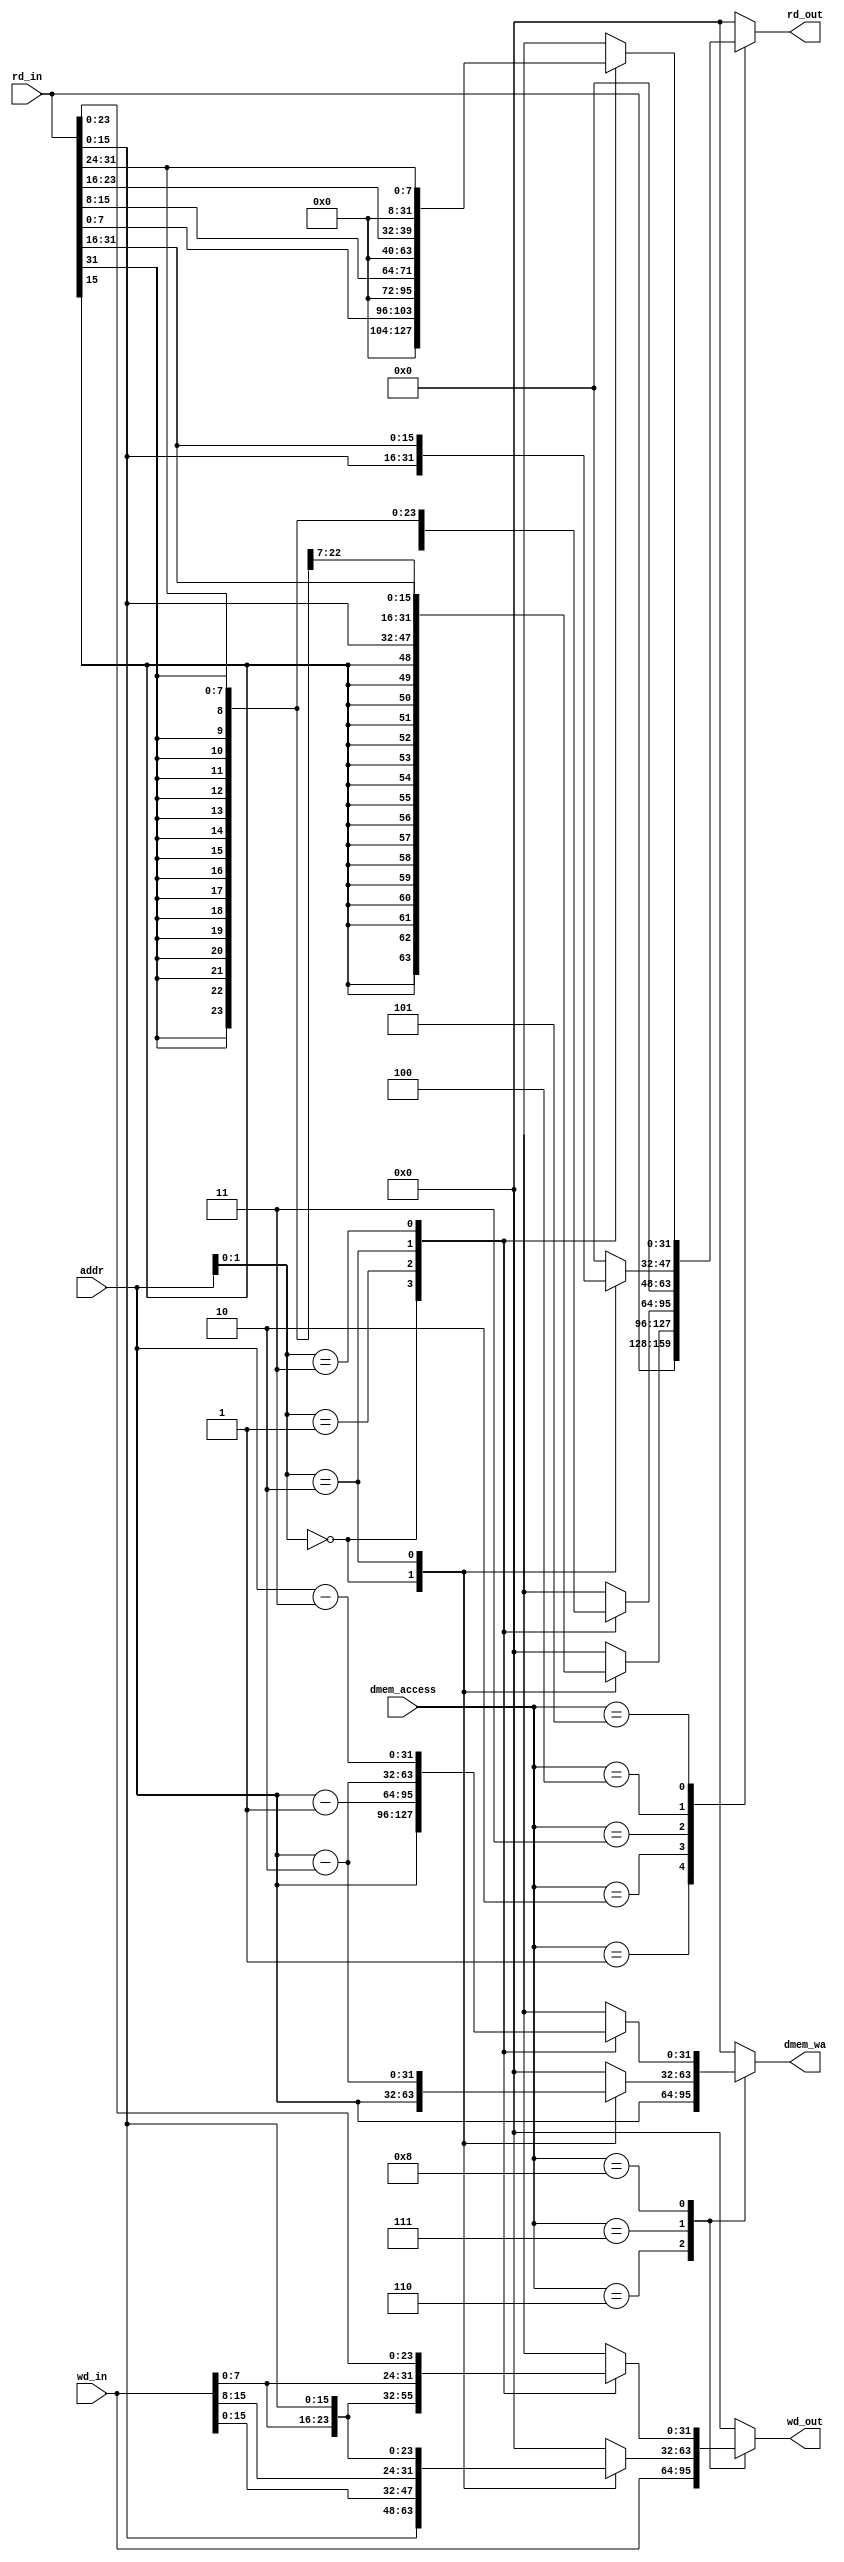
//`timescale 1ns / 1ps
//////////////////////////////////////////////////////////////////////////////////
// Company: 
// Engineer: 
// 
// Design Name: 
// Module Name: SLU
// Project Name: 
// Target Devices: 
// Tool Versions: 
// Description: 
// 
// Dependencies: 
// 
// Revision:
// Revision 0.01 - File Created
// Additional Comments:
// 
//////////////////////////////////////////////////////////////////////////////////


module SLU (
    input                   [31 : 0]                addr,
    input                   [ 3 : 0]                dmem_access,

    input                   [31 : 0]                rd_in,
    input                   [31 : 0]                wd_in,

    output      reg         [31 : 0]                rd_out,
    output      reg         [31 : 0]                wd_out,
    output      reg         [31 : 0]                dmem_wa
);

wire [1:0] temp;//0~3
assign temp = addr[1:0];

always @(*) begin
    case (dmem_access)
        4'b0001: begin//ld.w
            wd_out = 32'b0;
            rd_out = rd_in;
            dmem_wa = 32'b0;
        end 
        4'b0010:begin//ld.h_
            wd_out = 32'b0;
            dmem_wa = 32'b0;
            case (temp)
                2'b00: begin
                    rd_out = {{16{rd_in[15]}},rd_in[ 15 : 0]};
                end
                2'b10: begin
                    rd_out = {{16{rd_in[31]}},rd_in[31 : 16]};
                end
                default:begin
                    rd_out = 32'b0;
                end
            endcase
        end
        4'b0011:begin//ld.b_
            wd_out = 32'b0;
            dmem_wa = 32'b0;
            case (temp)
                2'b00: begin
                    rd_out = {{24{rd_in[7]}},rd_in[ 7 : 0]};
                end
                2'b01: begin
                    rd_out = {{24{rd_in[15]}},rd_in[ 15 : 8]};
                end
                2'b10: begin
                    rd_out = {{24{rd_in[23]}},rd_in[ 23 : 16]};
                end
                2'b11: begin
                    rd_out = {{24{rd_in[31]}},rd_in[31 : 24]};
                end
            endcase
        end

        4'b0100:begin//ld.hu_
            wd_out = 32'b0;
            dmem_wa = 32'b0;
            case (temp)
                2'b00: begin
                    rd_out = {{16'b0},rd_in[ 15 : 0]};
                end
                2'b10: begin
                    rd_out = {{16{1'b0}}, rd_in[31:16]};
                end
                default:begin
                    rd_out = 32'b0;
                end
            endcase
        end

        4'b0101:begin//ld.bu_
            wd_out = 32'b0;
            dmem_wa = 32'b0;
            case (temp)
                2'b00: begin
                    rd_out = {{24'b0},rd_in[ 7 : 0]};
                end
                2'b01: begin
                    rd_out = {{24'b0},rd_in[ 15 : 8]};
                end
                2'b10: begin
                    rd_out = {{24'b0},rd_in[ 23 :16]};
                end
                2'b11: begin
                    rd_out = {{24'b0},rd_in[ 31: 24]};
                end
            endcase
        end
        4'b0110: begin//st.w
            wd_out = wd_in;
            rd_out = 32'b0;
            dmem_wa = addr;
            
        end

        4'b0111:begin//st.h_
            rd_out = 32'b0;
            dmem_wa = addr;
            case (temp)
                2'b00: begin
                    wd_out = {rd_in[15 : 0],wd_in[ 15 : 0]};
                    dmem_wa = addr;
                end
                2'b10: begin
                    wd_out = {wd_in[15 : 0],rd_in[ 15 : 0]};
                    dmem_wa = addr - 2;
                end
                default:begin
                    wd_out = 32'b0;
                    dmem_wa = 32'b0;
                end
            endcase
        end

        4'b1000:begin//st.b_
            rd_out = 32'b0;
            case (temp)
                2'b00: begin
                    wd_out = {rd_in[ 31 : 8],wd_in[ 7 : 0]};
                    dmem_wa = addr;
                end
                2'b01: begin
                    wd_out = {rd_in[ 31 : 16],wd_in[ 7 : 0],rd_in[ 7 : 0]};
                    dmem_wa = addr - 1;
                end
                2'b10: begin
                    wd_out = {rd_in[ 31 : 24],wd_in[ 7 : 0],rd_in[ 15 : 0]};
                    dmem_wa = addr - 2;
                end
                2'b11: begin
                    wd_out = {wd_in[ 7 : 0],rd_in[23 : 0]};
                    dmem_wa = addr - 3;
                end
            endcase
        end


        default: begin
            rd_out  = 32'b0;
            wd_out  = 32'b0;
            dmem_wa = 32'b0;
        end
    endcase
end
endmodule